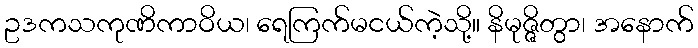
ဥဒကသကုဏိကာဝိယ၊ ရေကြက်မငယ်ကဲ့သို့။ နိမုဇ္ဇိတွာ၊ အနောက်